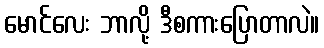
မောင်လေး ဘာလို့ ဒီစကားပြောတာလဲ။